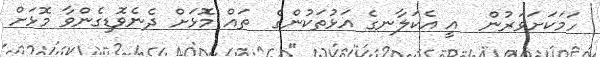
ހަމަކަށަވަރުން  އީ އެކަލާނގެ އަޅުތަކުންގެ  ތައް މޮޅަށް ދެނެވޮޑިގެންވާ މޮޅަށް